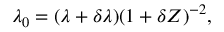
\lambda _ { 0 } = ( \lambda + \delta \lambda ) ( 1 + \delta Z ) ^ { - 2 } ,